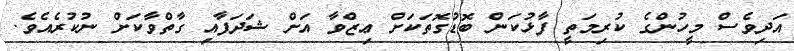
އަދިވެސް މީހުންގެ ކުރިމަތީ ފާޅުކަން ބޮޑުގޮތަކަށް ޢިޒްވާ އަށް ޝަދަފާއި ގާތްވާކަށް ނުކުރެއެވެ.